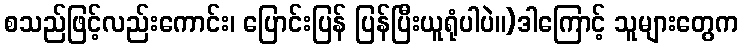
စသည်ဖြင့်လည်းကောင်း၊ ပြောင်းပြန် ပြန်ပြီးယူရုံပါပဲ။)ဒါကြောင့် သူများတွေက